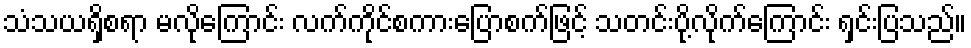
သံသယရှိစရာ မလိုကြောင်း လက်ကိုင်စကားပြောစက်ဖြင့် သတင်းပို့လိုက်ကြောင်း ရှင်းပြသည်။